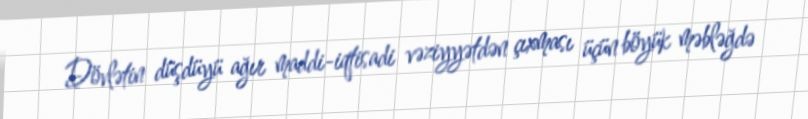
Dövlətin düşdüyü ağır maddi-iqtisadi vəziyyətdən çıxması üçün böyük məbləğdə